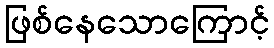
ဖြစ်နေသောကြောင့်